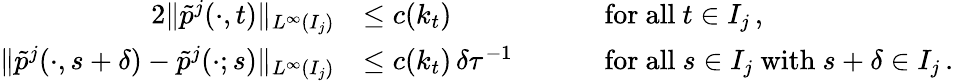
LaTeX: \begin{array}{rlrl}{{2}\| \tilde{p}^{j}(\cdot,t)\| _{L^{\infty}(I_{j})}}&{\leq c(k_{t})}&&{\quad\mathrm{~for~all~}t\in I_{j}\, ,}\\ {\| \tilde{p}^{j}(\cdot,s+\delta)-\tilde{p}^{j}(\cdot;s)\| _{L^{\infty}(I_{j})}}&{\leq c(k_{t})\, \delta\tau^{-1}}&&{\quad\mathrm{~for~all~}s\in I_{j}\mathrm{~with~}s+\delta\in I_{j}\, .}\end{array}